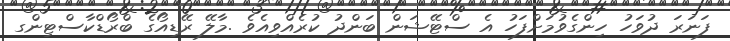
ފަނަރަ ދުވަހު ހިންގެވުމަށްފަހު އެ ސްޓޭޝަން ބަންދު ކުރެއްވިއެވެ .މާލޭ ރޭޑިއޯގެ ބްރޯޑްކާސްޓިންގ